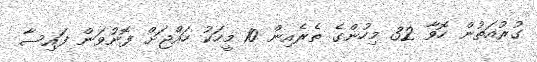
ގުރުއަތުން ހޮވާ 32 މިހުންގެ ތެރެއިން 10 މީހަކު ހައްޖަށް ފޮނުވަން ފައިސާ